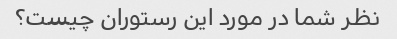
نظر شما در مورد این رستوران چیست؟